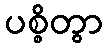
ပစ္စိတွာ